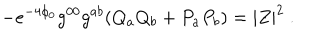
- e ^ { - 4 \phi _ { 0 } } g ^ { 0 0 } g ^ { a b } ( Q _ { a } Q _ { b } + P _ { a } P _ { b } ) = | Z | ^ { 2 } \ .